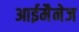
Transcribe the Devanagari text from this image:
आईमैनेज